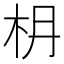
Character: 𣏵